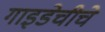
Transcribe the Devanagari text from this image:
गाइडेचीचे